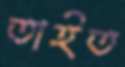
তাইত